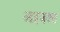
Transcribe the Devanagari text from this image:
आइजक्स